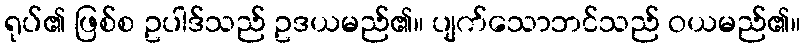
ရုပ်၏ ဖြစ်စ ဥပါဒ်သည် ဥဒယမည်၏။ ပျက်သောဘင်သည် ဝယမည်၏။